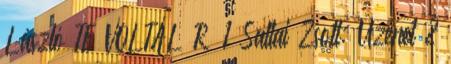
László TE VOLTÁL R 1 Sallai Zsolt: Üzenet 2